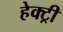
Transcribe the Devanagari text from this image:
हेक्ट्री